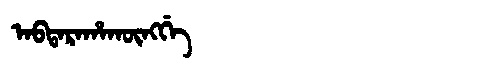
Manchu: ᠠᠪᡨᠠᡵᠠᡥᠠᡴᡡᠩᡤᡝ
Romanization: ABTARAHAKŪNGGE